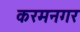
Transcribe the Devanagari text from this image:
करमनगर